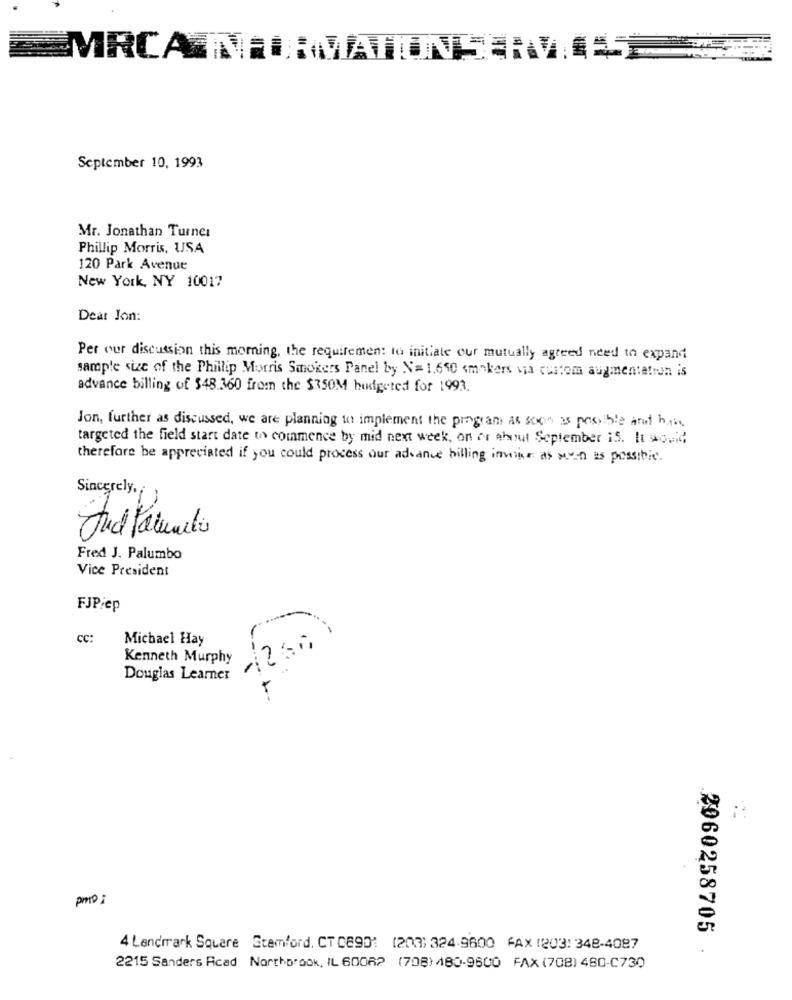
MRCA INE
MIONSE
September 10, 1993
Mr. Jonathan Turner
Phillip Morris, USA
120 Park Avenue
New York, NY 10017
Dear Jon:
Per our discussion this morning, the requirement to initiate our mutually agreed need to expand
sample size of the Phillip Morris Smokers Panel by N= 1,650 smokers via custom augmentation is
advance billing of $48.360 from the $350M budgeted for 1993.
Jon, further as discussed, we are planning to implement the program as soon as possible and how.
targeted the field start date to commence by mid next week, on or about September 15. It would
therefore be appreciated if you could process our advance billing immigr as seen as possible.
Sincerely,
Fred J. Palumbo
Vice President
FJPiep
CC:
Michael Hay
Kenneth Murphy
Douglas Learner
pro :
4 Landmark Square Stamford, CT C8901 (203) 324-9600 FAX 1203: 348-4087
2060258705 .
2215 Sanders Read Northbrook, IL 60062 (708) 480-9600 FAX (708) 480-C730